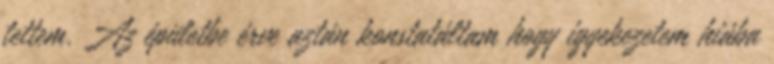
tettem. Az épületbe érve aztán konstatáltam hogy igyekezetem hiába